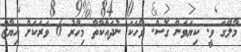
މާލޭގަ ވީ. ކިޔަވަން ގޮސް. ވާހަކަ ނުދައްކާތާ މިހާރު 6 ވަރަކަށް އިޔާޒް